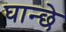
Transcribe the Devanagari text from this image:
घान्छे